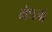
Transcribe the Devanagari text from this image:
मेधजो